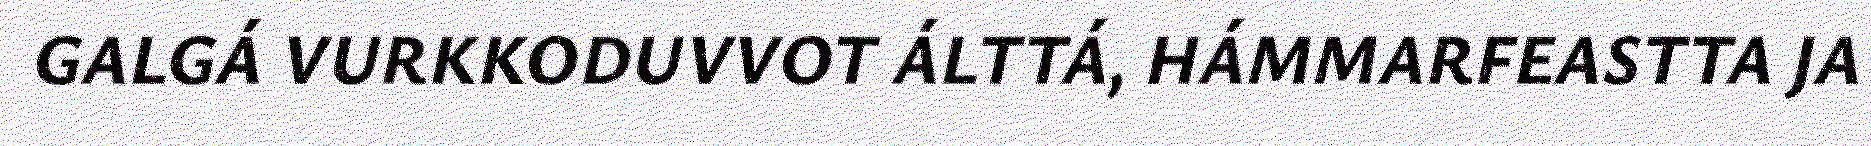
GALGÁ VURKKODUVVOT ÁLTTÁ, HÁMMARFEASTTA JA